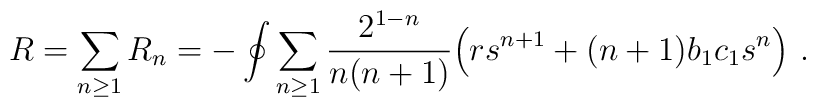
R =\sum_{n\ge 1} R_n = -\oint \sum_{n\ge 1} {2^{1-n}\over n(n+1)}\Big(r s^{n+1} + (n+1) b_1 c_1 s^n\Big)\ .